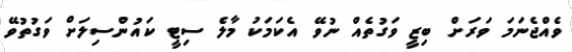
ވެއްޖެނަމަ ވަރަށް ބިޒީ ވަގުތެއް ނުވޭ އެކަމަކު މާލެ ސިޓީ ކައުންސިލަށް ވަގުތުވޭ